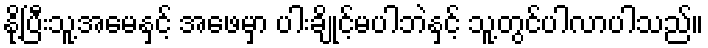
နို့ပြီးသူ့အမေနှင့် အဖေမှာ ပါးချိုင့်မပါဘဲနှင့် သူ့တွင်ပါလာပါသည်။